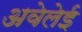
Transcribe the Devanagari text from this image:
अवेलेई